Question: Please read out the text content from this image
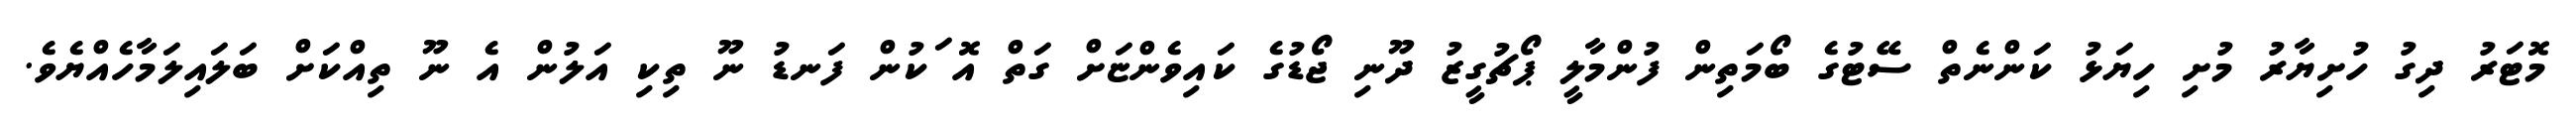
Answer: މޮޓަރު ދިގު ހުށިޔާރު މުށި ހިޔަޅު ކަންނެތް ސޭޓުގެ ބޯމަތިން ފުންމާލީ ޕޯޗުގީޒު ދޫނި ޖޯޑުގެ ކައިވެންޏަށް ގަތް އޮޱަކުން ފަނޑު ނޫ ތިކި އަލުން އެ ނޫ ތިއްކަށް ބަލައިލަމާހެއްޔެވެ.